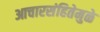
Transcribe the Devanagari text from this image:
आचारसंहितेमुळे